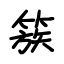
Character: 簇